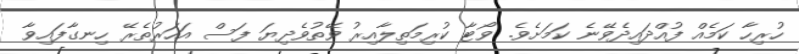
ހުރިހާ ކަމެއް ފުއްދައިދެވޭނެ ކަމަށެވެ. ވޯޓާ ކުރިމަތިލާއިރު ވޭތުވެދިޔަ ފަސް އަހަރުތެރޭ ހިނގާފައިވާ